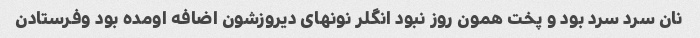
نان سرد سرد بود و پخت همون روز نبود انگلر نونهای دیروزشون اضافه اومده بود وفرستادن